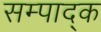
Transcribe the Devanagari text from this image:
सम्पाद्क